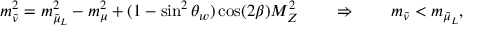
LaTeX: m _ { \tilde { \nu } } ^ { 2 } = m _ { { \tilde { \mu } } _ { L } } ^ { 2 } - m _ { \mu } ^ { 2 } + ( 1 - \sin ^ { 2 } \theta _ { w } ) \cos ( 2 \beta ) M _ { Z } ^ { 2 } \qquad \Rightarrow \qquad m _ { \tilde { \nu } } < m _ { { \tilde { \mu } } _ { L } } ,